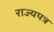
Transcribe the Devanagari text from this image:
राज्यपत्र